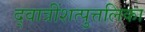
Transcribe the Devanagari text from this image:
द्वात्रींशत्पुत्तलिका